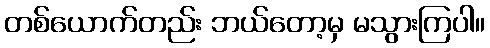
တစ်ယောက်တည်း ဘယ်တော့မှ မသွားကြပါ။